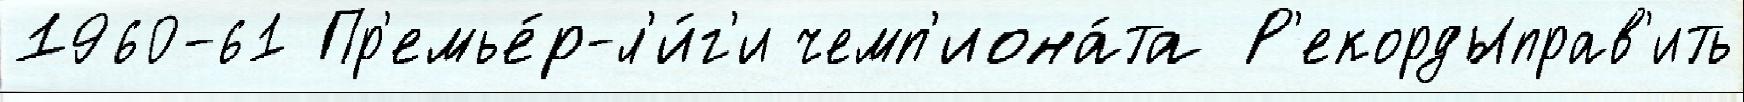
1960-61 Пр'емье́р-л'и́г'и чемп'иона́та Р'екордыправ'ить